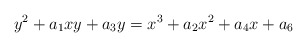
\begin{align*} y^2+a_1xy+a_3y=x^3+a_2x^2+a_4x+a_6\end{align*}